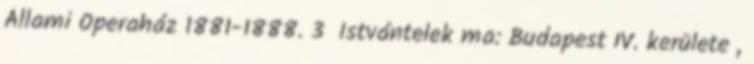
Állami Operaház 1881-1888. 3 Istvántelek ma: Budapest IV. kerülete ,